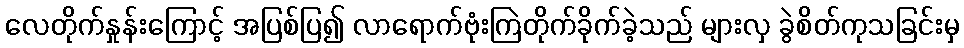
လေတိုက်နှုန်းကြောင့် အပြစ်ပြ၍ လာရောက်ဗုံးကြဲတိုက်ခိုက်ခဲ့သည် များလှ ခွဲစိတ်ကုသခြင်းမှ